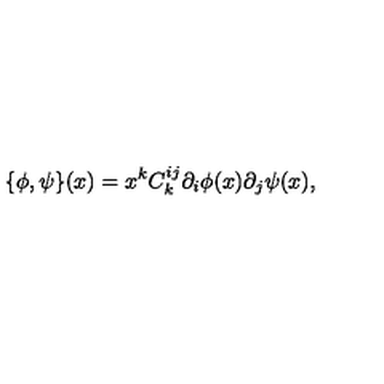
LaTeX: \{ \phi , \psi \} ( x ) = x ^ { k } C _ { k } ^ { i j } \partial _ { i } \phi ( x ) \partial _ { j } \psi ( x ) ,